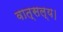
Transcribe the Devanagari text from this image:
वात्सल्य।